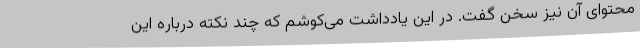
محتوای آن نیز سخن گفت. در این یادداشت می‌کوشم که چند نکته درباره این